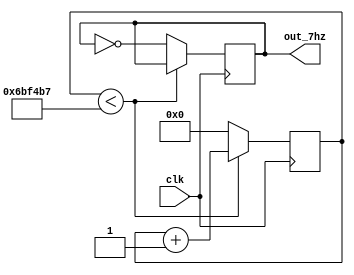
module clk_generator(out_7hz,clk);
output out_7hz;
input clk;
reg [22:0] count_reg = 0;
reg out_7hz = 0;

always @(posedge clk) 
begin
        if (count_reg < 7074999) 
            count_reg <= count_reg + 1;
        else
		    begin
            count_reg <= 0;
            out_7hz <= ~out_7hz;
          end
end
endmodule